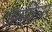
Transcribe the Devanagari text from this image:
ज़ेमकिस